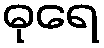
ဓုရေ